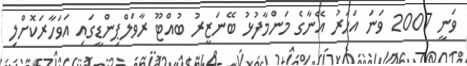
ވަނީ 2007 ވަނަ އަހަރު އޭނާގެ މަންމާފުޅު ބޭނަޒީރު ބުއްޓޫ ރާވަލްޕިންޑީގައި އަވަހާރަކޮށްލި